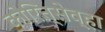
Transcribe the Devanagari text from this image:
कोरित्सेव्हा